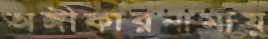
অঙ্গীকারনামায়